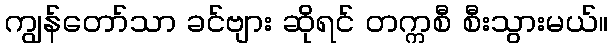
ကျွန်တော်သာ ခင်ဗျား ဆိုရင် တက္ကစီ စီးသွားမယ်။